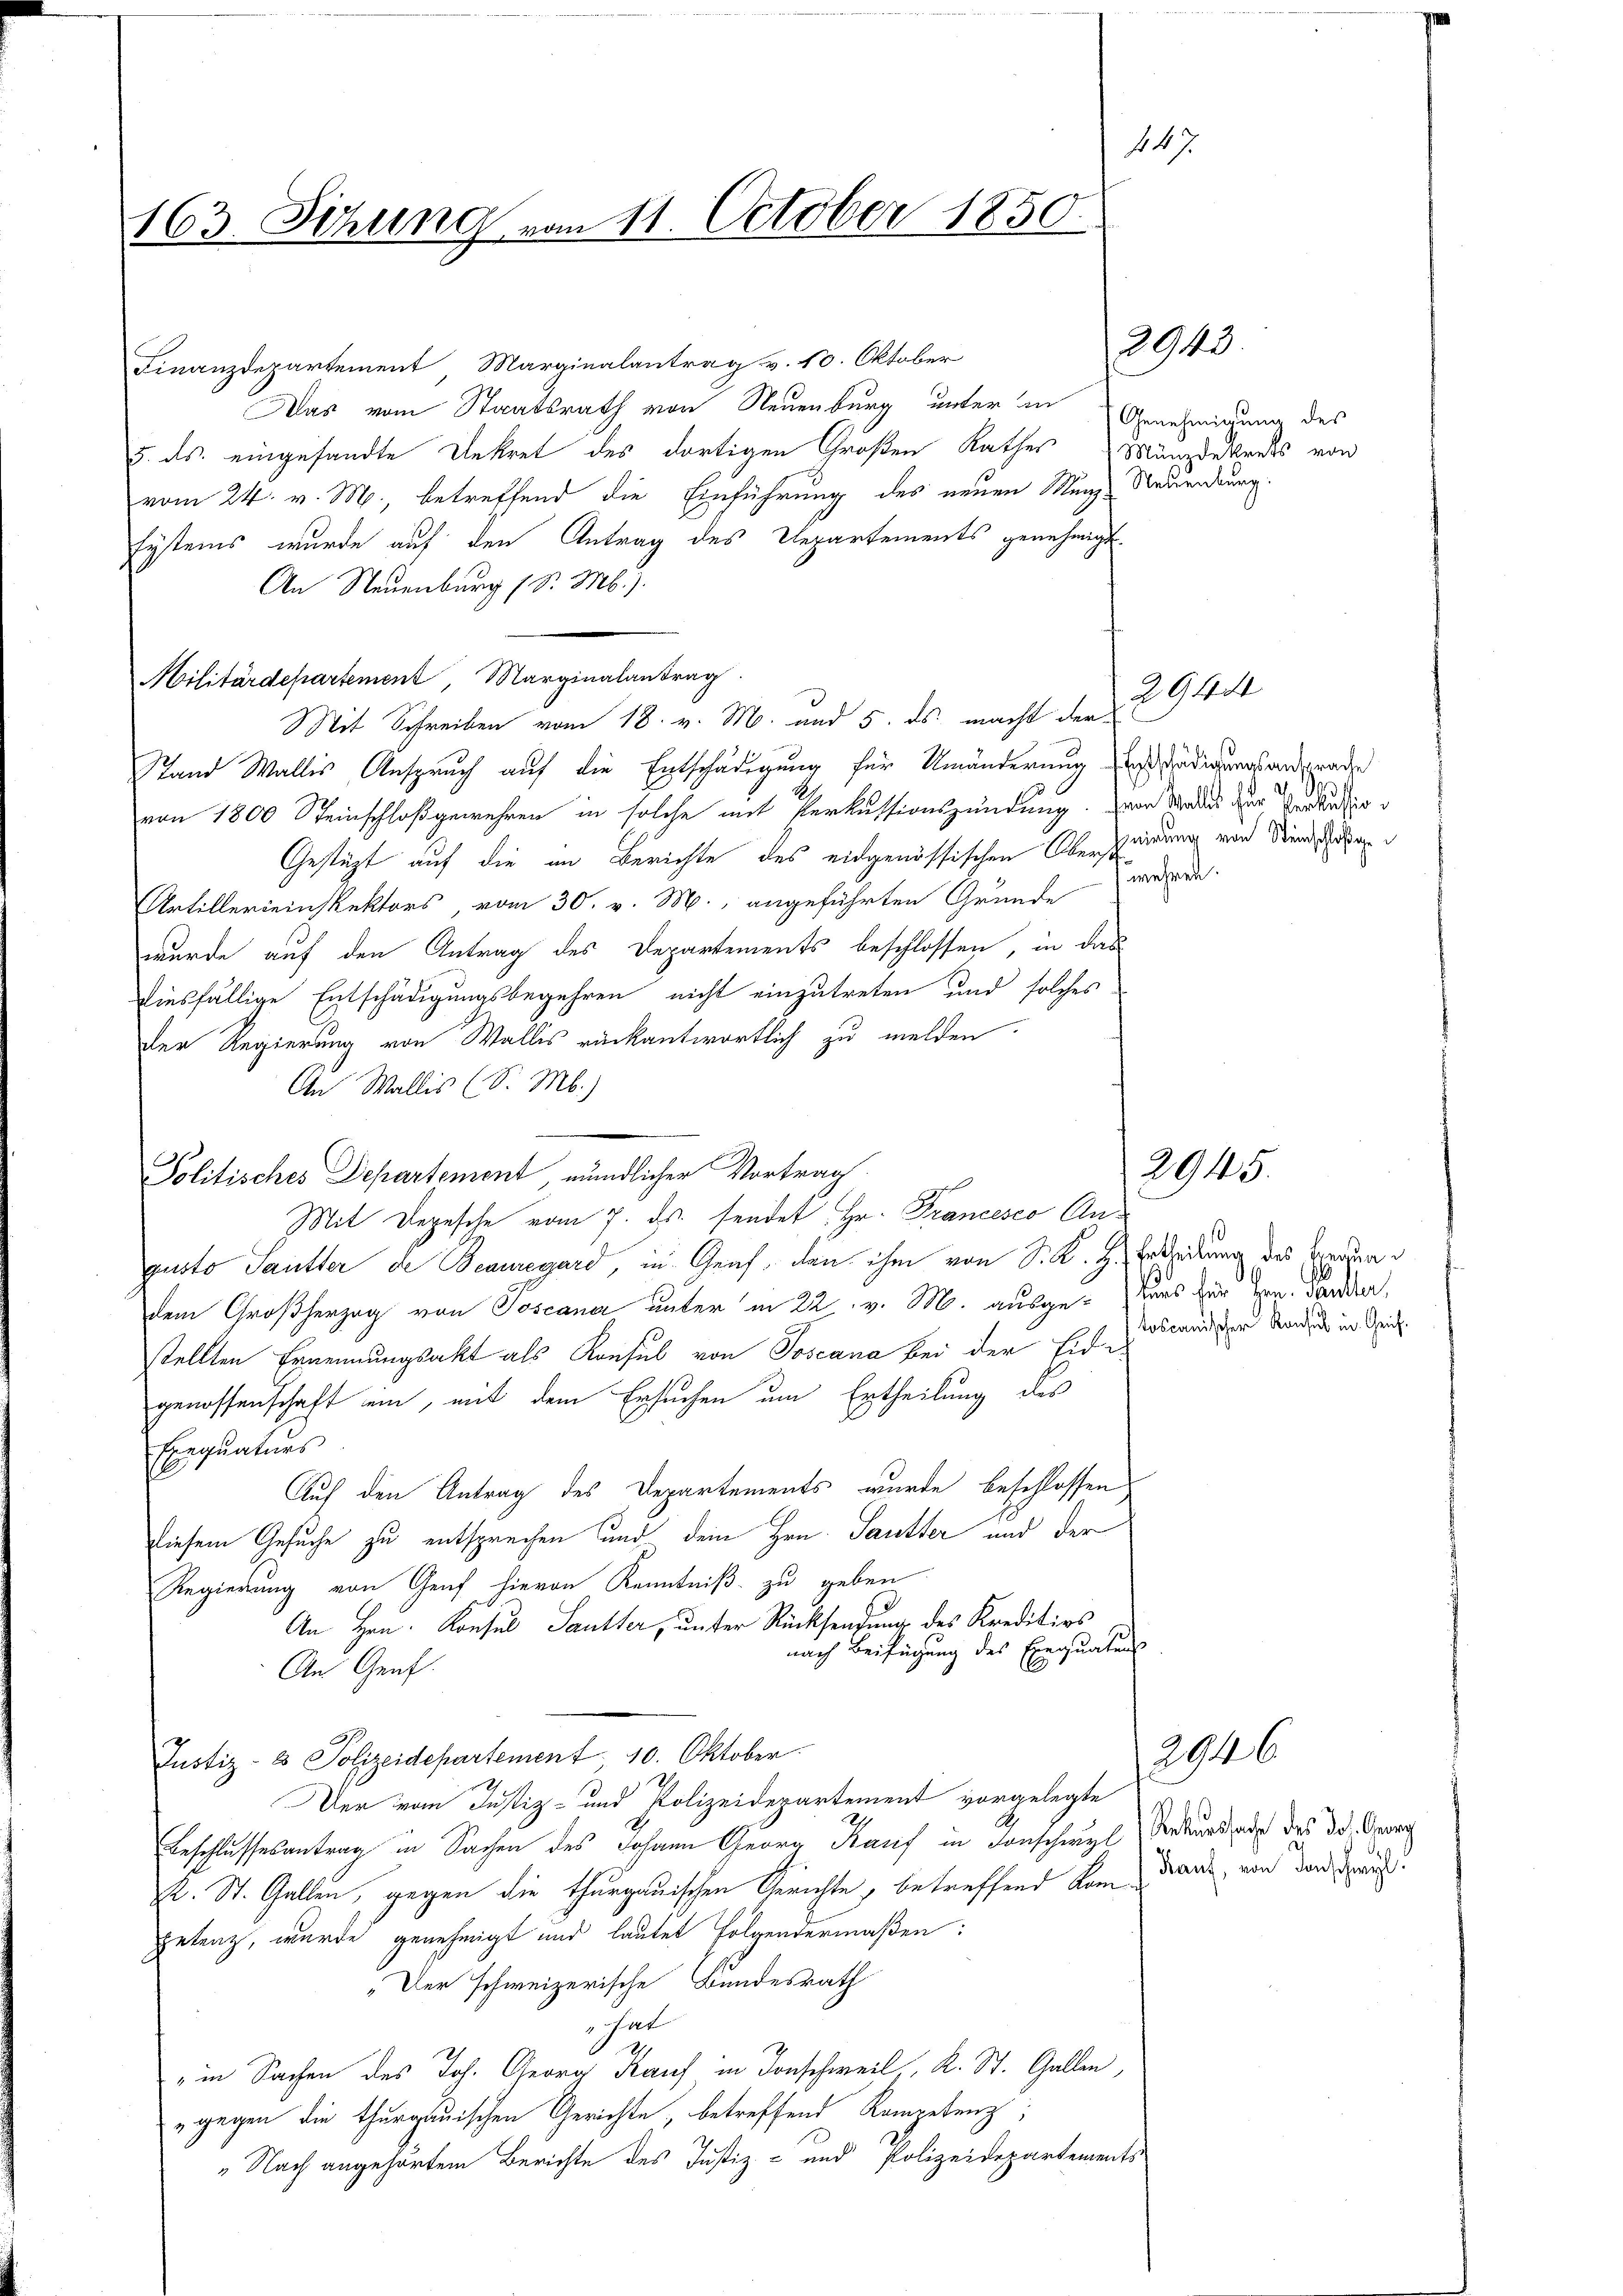
163. Sitzung vom 11. October 1850.

Finanzdepartement Marginalantrag v. 10. Oktober
Das vom Staatsrath von Neuenburg unter an
5. ds. eingesandte Dekret des dortigen Großen Rathes Münzdekrets von
vom 24. v. M., betreffend die Einführung des neuen Münz- Neuendung.
Eystems wurde auf den Antrag des Departements genehmigt.
An Neuenburg (S. M.).
Militärdepartement, Marginalantrag
Mit Schreiben vom 18. v. M. und 5. ds. macht der
Stand Wallis Anspruch auf die Entschädigung für Umänderung ist schädigungsantrade
von 1800 Steinschloßgewehren in solche mit Perkussionszündung von Wades zur Verdar
Gestüzt auf die im Berichte des eidgenössischen Oberstindung von Dienscha
Artillereinspektors, vom 30. v. M., angeführten Gründe wegen.
wurde auf den Antrag des Departements beschlossen, in das
diesfällige Entschädigungsbegehren nicht einzutreten und solches
Der Regierung von Wallis rückantwortlich zu melden.
An Wallis (S. M.)
Politisches Departement, mündlicher Vortrag
Mit Depesche vom 7. ds. sendet Hr. Francesco Angusto Sautter de Beauregard, in Graf, dann ihm von Sr. K. H. Erbeitung des Beerden
dem Großherzog von Toscaner unter in 22 v. M. ausge-tars für Hrn. Sonder,
stellten Ernennungsakt als Konsul von Toscana bei der Eidi-
genossenschaft ein, mit dem Ersuchen um Ertheilung des
Exequaturs
Auf den Antrag des Departements wurde beschlossen
diesem Gesuche zu entsprechen und dem Hrn. Sautter und der
Regierung von Genf hievon Kenntniß zu geben
An Hrn. Konsul Sautter, unter Rücksendung des Kreditios
nach Beifügung des Exequatens
An Graf
Justiz- & Polizeidepartement. 10. Oktober.
Der vom Justiz- und Polizeidepartement vorgelegte
Beschlussesantrag in Sachen des Johann Georg Kauf in Forschwyl, Rekurssade des 30. Georg
Dr. St. Gallen, gegen die thurgauischen Gerichte, betreffend kam Dank, von den Frau
petenz, wurde genehmigt und lautet folgendermaßen:
„Der schweizerische Bundesrath
hat
2
" in Sachen des Joh. Georg Kauf in Tonschweil, R. St. Gallen,
" gegen die thurgauischen Gerichte, betreffend Kompetenz
„Nach angehörtem Berichte des Justiz- und Polizeidepartements

147

2943.

Genehmigung des

2944

2945.

toscanischer Konsul in Geis¬

2946